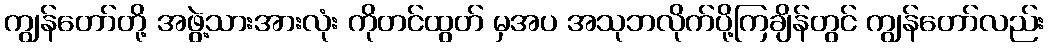
ကျွန်တော်တို့ အဖွဲ့သားအားလုံး ကိုတင်ထွတ် မှအပ အသုဘလိုက်ပို့ကြချိန်တွင် ကျွန်တော်လည်း